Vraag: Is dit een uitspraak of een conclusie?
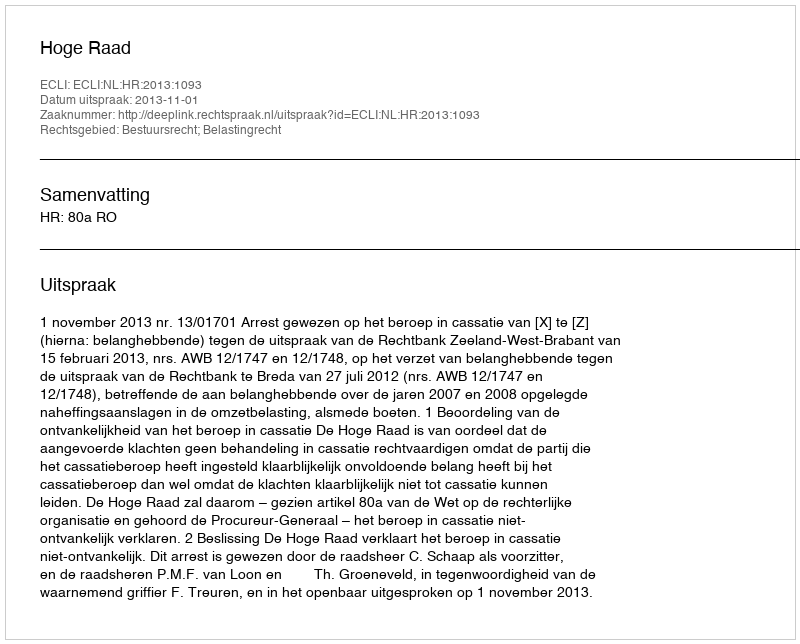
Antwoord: Uitspraak